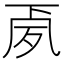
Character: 𭂳